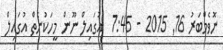
ނޮވެމްބަރު 16